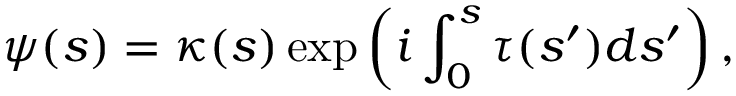
\psi ( s ) = \kappa ( s ) \exp \left( i \int _ { 0 } ^ { s } \tau ( s ^ { \prime } ) d s ^ { \prime } \right) ,